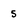
Character: 5